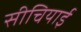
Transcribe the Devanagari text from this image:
सीचियाई